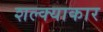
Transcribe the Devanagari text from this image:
शल्क्याकार